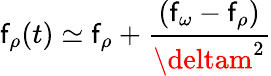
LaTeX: \mathsf{f}_{\rho}(t)\simeq\mathsf{f}_{\rho}+\frac{{(\mathsf{f}_{\omega}-\mathsf{f}_{\rho})}}{{\deltam^{2}}}